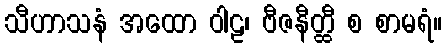
သီဟာသနံ အထော ဝါဠ၊ ဗီဇနီတ္ထီ စ စာမရံ။